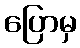
ပြောမှ